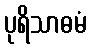
ပုရိသာဓမံ